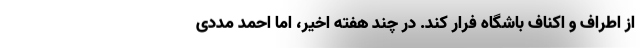
از اطراف و اکناف باشگاه فرار کند. در چند هفته اخیر، اما احمد مددی